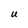
Character: U